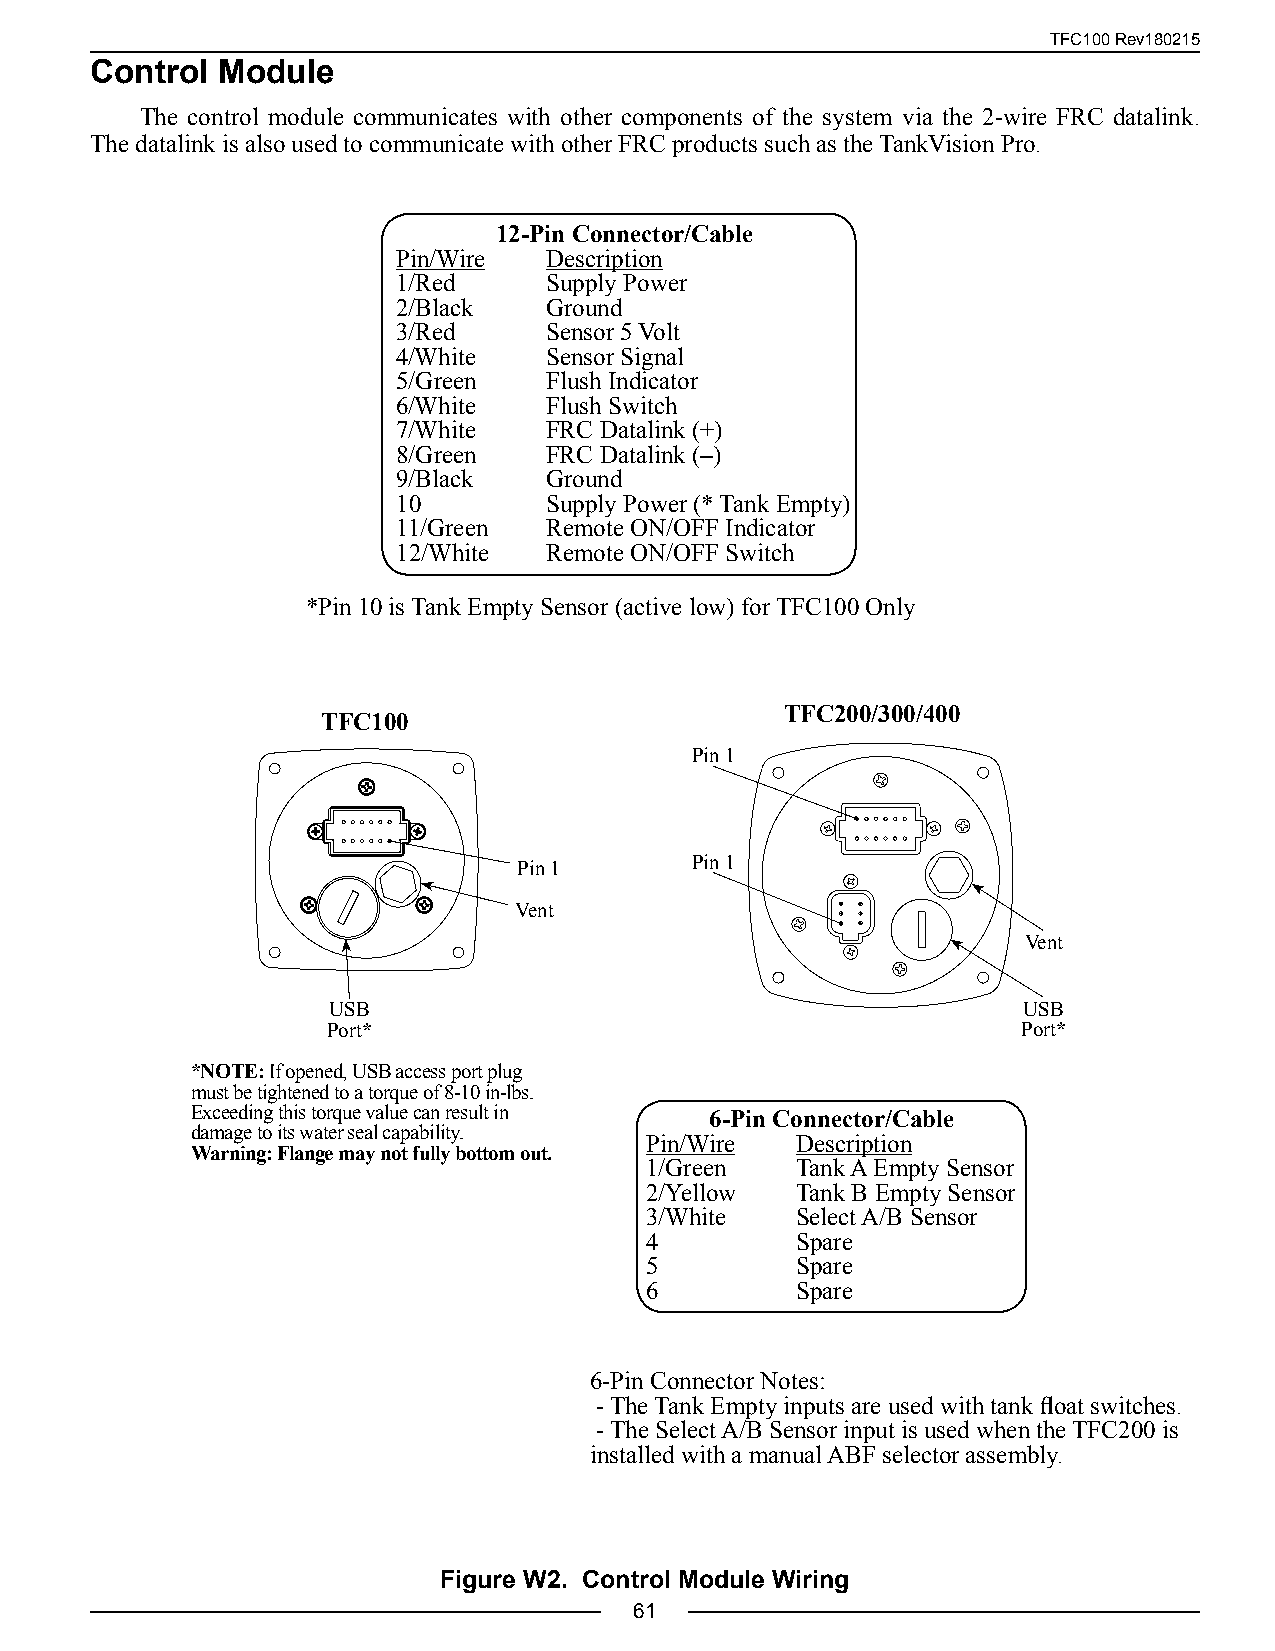
TFC100 Rev180215
 Control Module
 The control module communicates with other components of the system via the 2-wire FRC datalink.
 The datalink is also used to communicate with other FRC products such as the TankVision Pro.
 12-Pin Connector/Cable
 Pin/Wire  Description
 1/Red     Supply Power
 2/Black   Ground
 3/Red     Sensor 5 Volt
 4/White   Sensor Signal
 5/Green   Flush Indicator
 6/White   Flush Switch
 7/White   FRC Datalink (+)
 8/Green   FRC Datalink (–)
 9/Black   Ground
 10        Supply Power (* Tank Empty)
 11/Green  Remote ON/OFF Indicator
 12/White  Remote ON/OFF Switch
 *Pin 10 is Tank Empty Sensor (active low) for TFC100 Only
 TFC200/300/400
 TFC100
 Pin 1
 Pin 1       Pin 1
 Vent
 Vent
 USB                                           USB
 Port*                                         Port*
 *NOTE: If opened, USB access port plug
 must be tightened to a torque of 8-10 in-lbs.
 Exceeding this torque value can result in 6-Pin Connector/Cable
 damage to its water seal capability.
 Pin/Wire  Description
 Warning: Flange may not fully bottom out.
 1/Green   Tank A Empty Sensor
 2/Yellow  Tank B Empty Sensor
 3/White   Select A/B Sensor
 4         Spare
 5         Spare
 6         Spare
 6-Pin Connector Notes:
 - The Tank Empty inputs are used with tank float switches.
 - The Select A/B Sensor input is used when the TFC200 is
 installed with a manual ABF selector assembly.
 Figure W2. Control Module Wiring
 61